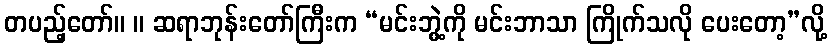
တပည့်တော်။ ။ ဆရာဘုန်းတော်ကြီးက “မင်းဘွဲ့ကို မင်းဘာသာ ကြိုက်သလို ပေးတော့”လို့